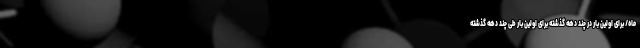
ماه/ برای اولین بار در چند دهه گذشته برای اولین بار طی چند دهه گذشته